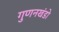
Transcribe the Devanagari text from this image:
गुणनखंडो